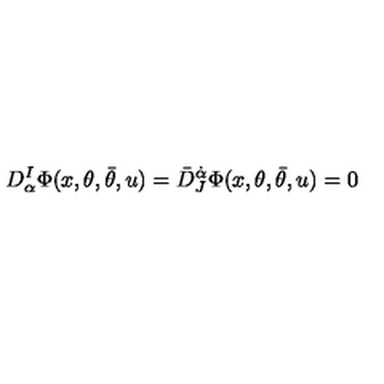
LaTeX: D _ { \alpha } ^ { I } \Phi ( x , \theta , \bar { \theta } , u ) = \bar { D } _ { J } ^ { \dot { \alpha } } \Phi ( x , \theta , \bar { \theta } , u ) = 0